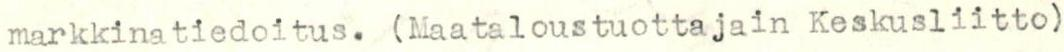
markkinatiedoitus. (Maataloustuottajain Keskusliitto)